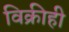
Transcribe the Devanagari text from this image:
विक्रीही